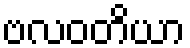
ဗလဝတိယာ